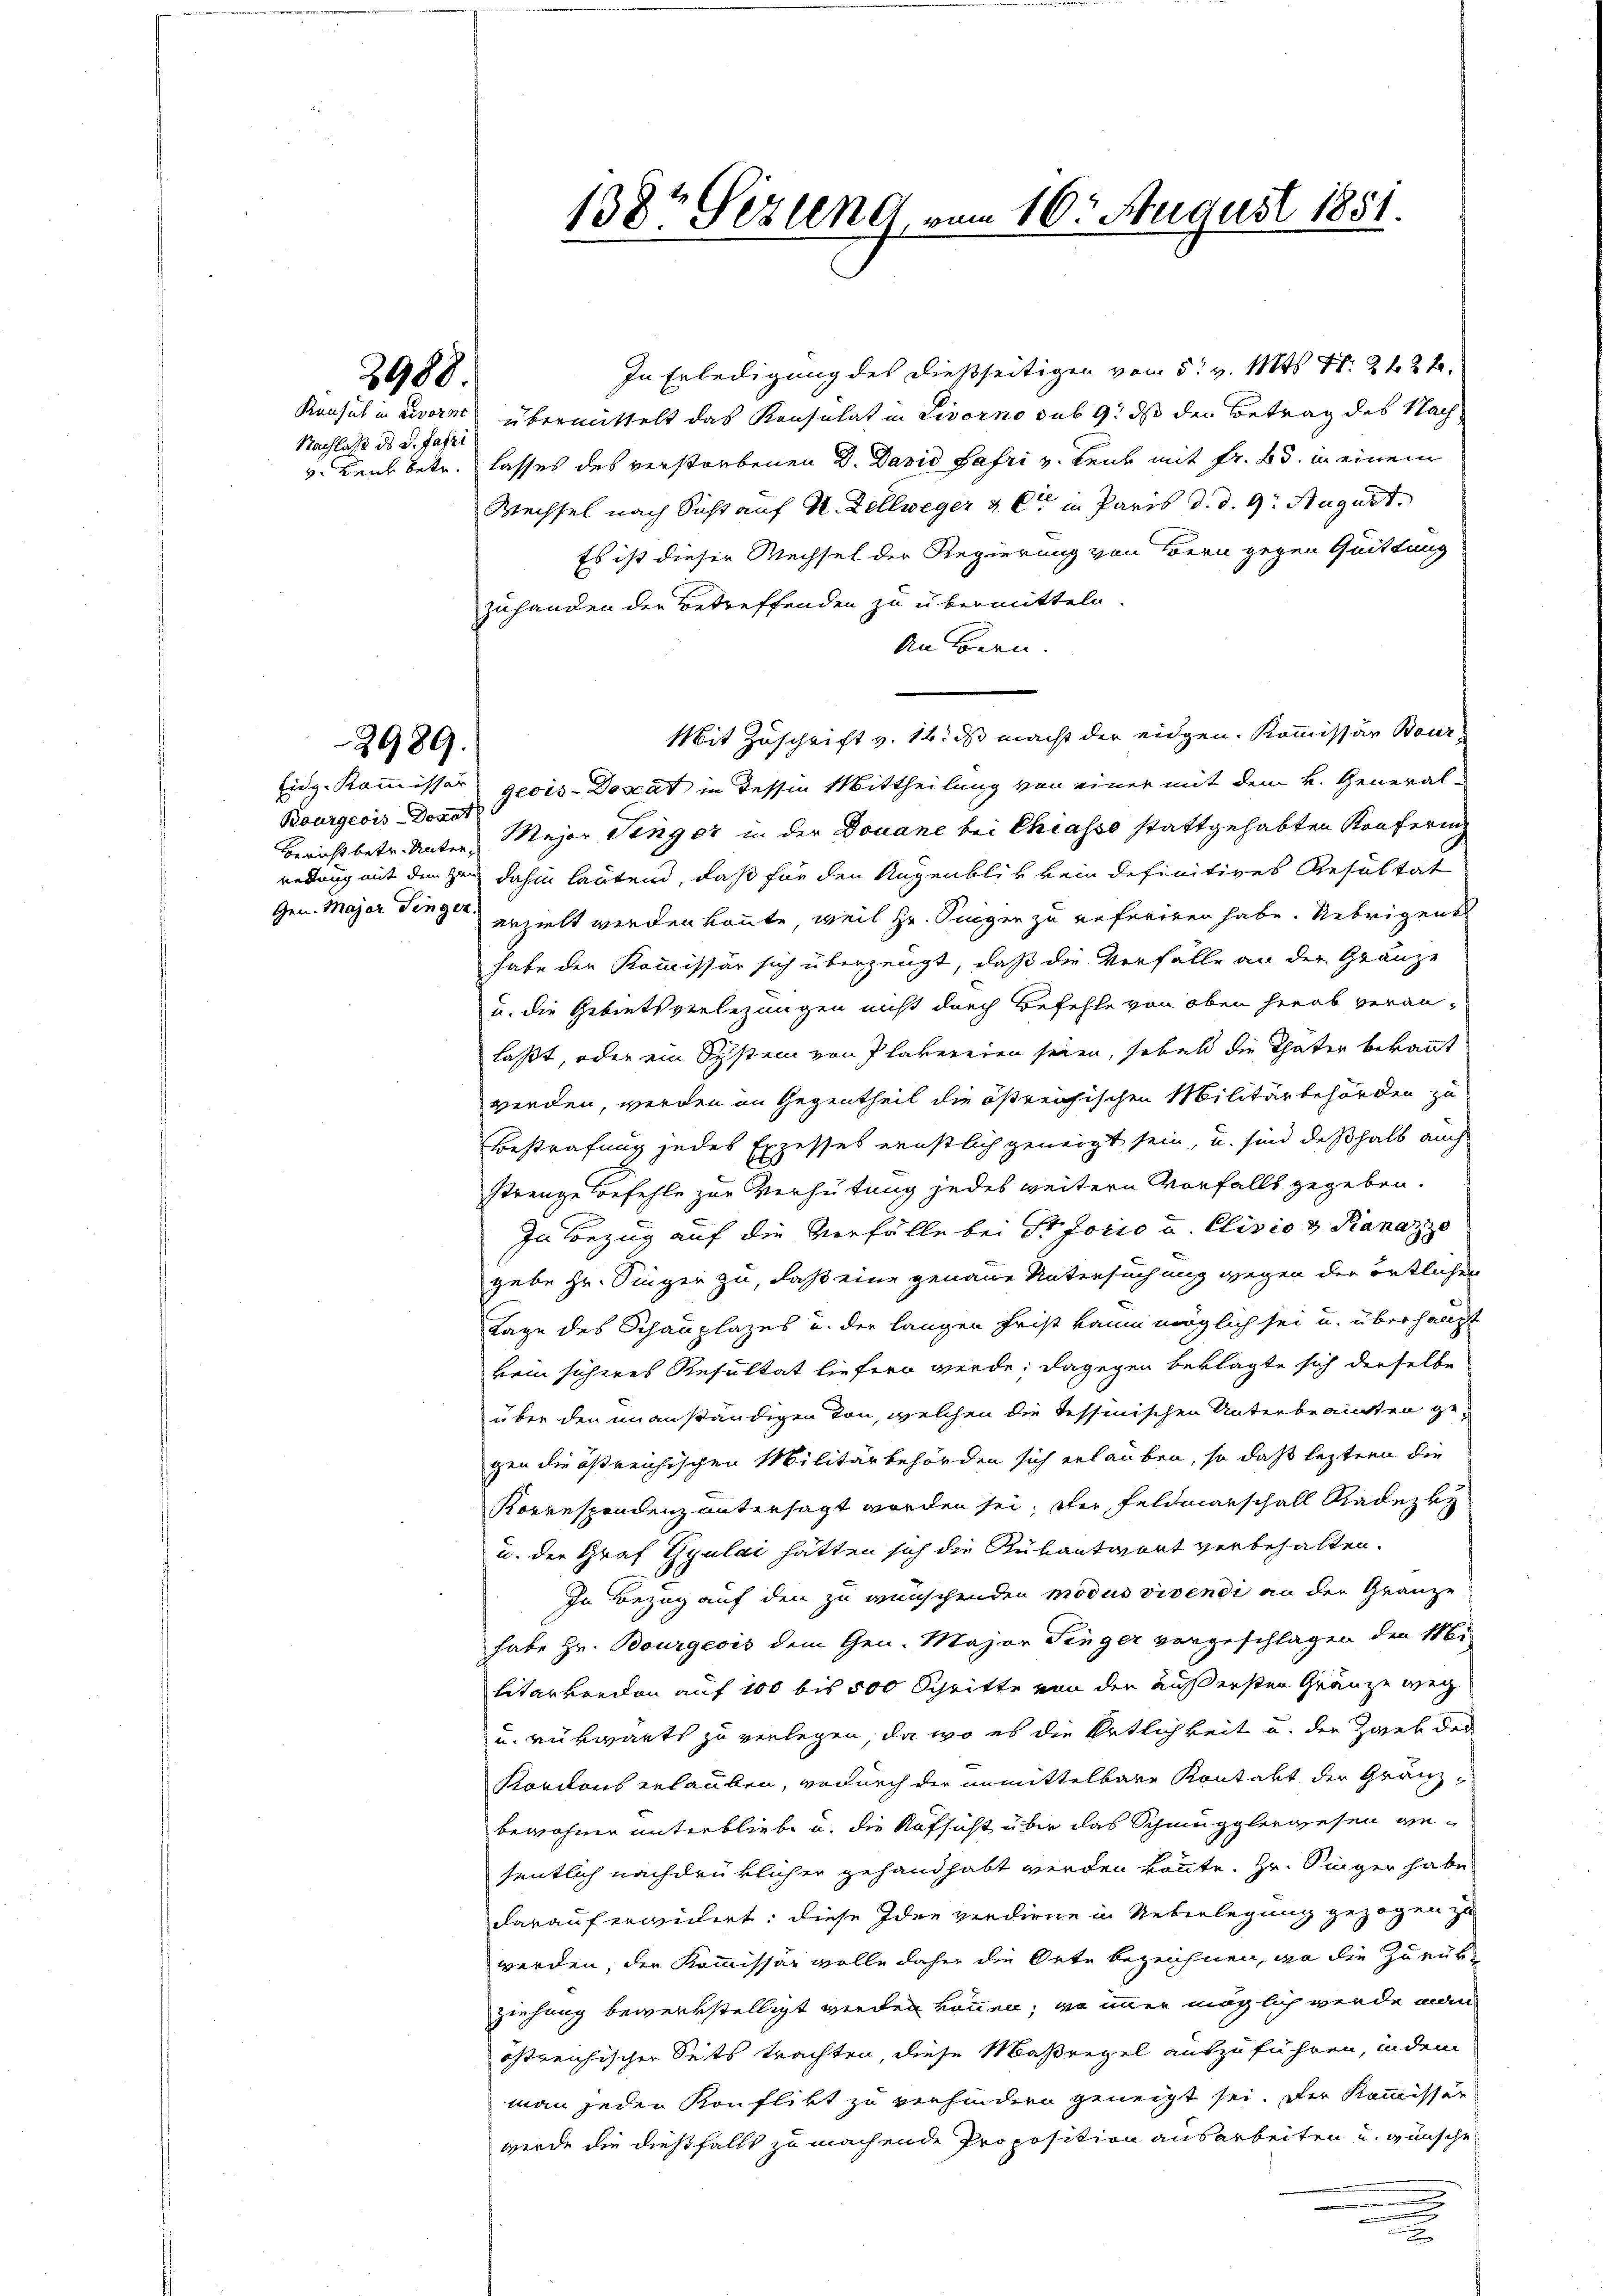
3900

Nachlaß ds d. Fabri

3989.

Bourgeois Donat

138t Sizung, vom 10. August 1851.

In Erledigung des dießseitigen vom 5. v. Mts. S. 242,
Konsul in Livorne übermittelt das Konsulat in Livorno sub 9. ds den Betrag des Nachv. Leut betr. lasses des verstorbenen D. David Safri v. Leib mit Fr. Bd. in einem
Wechsel nach Sicht auf M. Zellweger & Cie in Paris d. d. 9. August.
Es ist dieser Wechsel der Regierung von Bern gegen Quittung
zuhanden der Betreffenden zu übermitteln.
An Bern.
Mit Zuschrift v. 16. ds macht der eidgen. Kommissär Bour¬
Eidg. Kommissor geois-Doscat in dessen Mittheilung von einer mit dem k. General-
Bericht betr. Unter Major Singer in der Douane bei Chiasso stattgehabten Konfering
redung mit dem zu dahin lautend, daß für den Augenblick kein definitives Resultat
Gen. Major Finger erzielt werden könnte, weil zu. Singen zu referiren habe. Uebrigens
habe der Kommissär sich überzeugt, daß die Verfälle an der Gränze
u. die Gebietsverlegungen nicht durch Befehle von oben herab veran-
laßt, oder ein System von Plakereien seien, sobald die Thäter bekannt
werden, werden im Gegentheil die östreichischen Militärbehörden zu
Bestrafung jedes Exzesses ernstlich geneigt sein, u. sind deßhalb auch
strenge Befehle zur Verhütung jedes weitern Vorfalls gegeben.
In Bezug auf die Verfälle bei St forio u. Clivio & Kanaz
gebe Hr. Singen zu, daß eine genaue Untersuchung wegen der örtlicher
Tage des Schauplazes u. der langen Frist kaum möglich sei u. überhaupt
vem sicheres Resultat liefern werde; dagegen beklagte sich derselbe
über den unanständigen Ton, welchen die Tessinischen Unterbrannten gegen die östreichischen Militärbehörden sich erlauben, so daß leztern die
Korrespondenz untersagt worden sei, der Feldmarschall Gradezu
u. der Graf Gyulai hätten sich die Rükantwort verbehalten.
In Bezug auf den zu wünschenden modus vivendi an der Gränze
habe Hr. Bourgeois dem Gen. Major Finger vorgeschlagen der Mi
litarkenden auf 100 bis 500 Schritte von der äußersten Gränze weg
u. rükwärts zu verlegen, da wo es die Ortlichkeit u. der Zwek der
Kordons erlauben, wodurch der unmittelbare Kontalt der Granz-
bewohnen unterbliebe u. die Aufsicht über das Schmugglergesen gesentlich nachdrüklicher gehandhabt werden könnte. Hr. Singer habe
darauf erwidert; diese Idee verdiene in Ueberlegung gezogen zu
werden, der Kommissär wolle daher die Orte bezeichnen, an die Zurükziehung bewerkstelligt werden können; wo immer möglich werde man
östreichischer Seits trachten, diese Maßregel auszuführen, indem
man jeden Konflikt zu verhindern geneigt sei. Der Kommissär
werde die dießfalls zu machende Proposition ausarbeiten u. wünsche
e